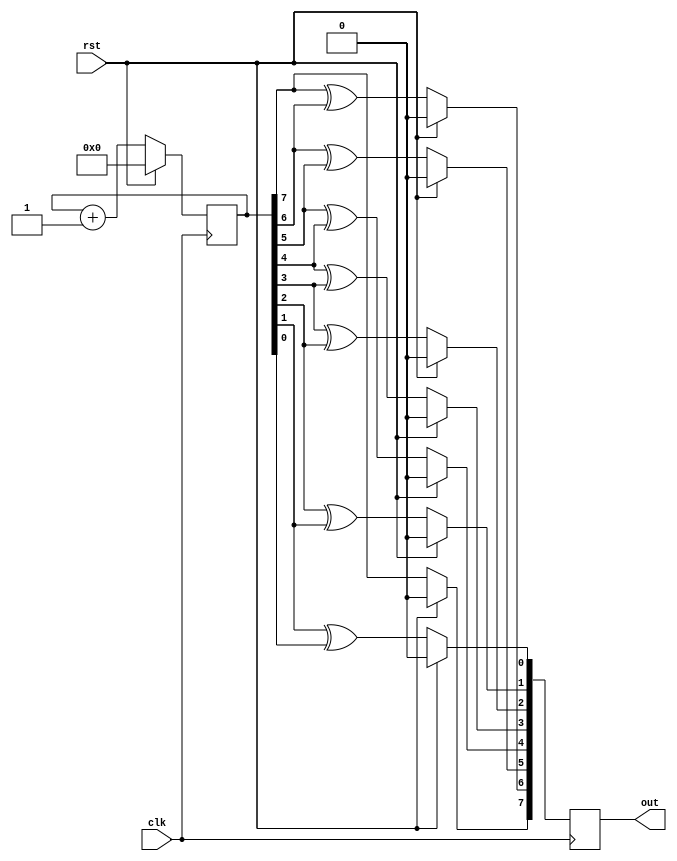
module lab2_3(
    input clk,
    input rst,
    output[7:0] out
    );
    
    reg[7:0] out = 8'b00000000;
    reg[7:0] bin_ctr = 8'b00000000;
    
    always @(posedge clk)
    begin
        if(!rst)
        begin
            bin_ctr <= bin_ctr + 8'b00000001;
        
            out[7] <= bin_ctr[7];
            out[6] <= bin_ctr[7] ^ bin_ctr[6];
            out[5] <= bin_ctr[6] ^ bin_ctr[5];
            out[4] <= bin_ctr[5] ^ bin_ctr[4];
            out[3] <= bin_ctr[4] ^ bin_ctr[3];
            out[2] <= bin_ctr[3] ^ bin_ctr[2];
            out[1] <= bin_ctr[2] ^ bin_ctr[1];
            out[0] <= bin_ctr[1] ^ bin_ctr[0];
        end
        
        else if(rst)
        begin
            out <= 8'b00000000;
            bin_ctr <= 8'b00000000;
        end
    end 
endmodule